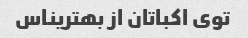
توی اکباتان از بهتریناس